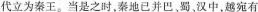
代立为秦王。当是之时，秦地已并巴，蜀，汉中，越宛有